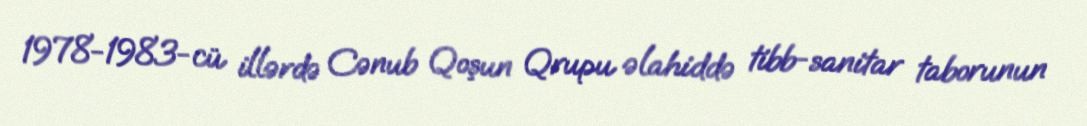
1978-1983-cü illərdə Cənub Qoşun Qrupu əlahiddə tibb-sanitar taborunun